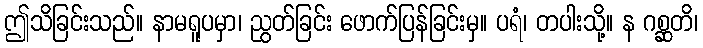
ဤသိခြင်းသည်။ နာမရူပမှာ၊ ညွတ်ခြင်း ဖောက်ပြန်ခြင်းမှ။ ပရံ၊ တပါးသို့။ န ဂစ္ဆတိ၊